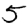
Digit: 5